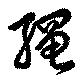
縄